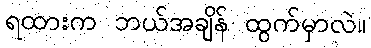
ရထားက ဘယ်အချိန် ထွက်မှာလဲ။